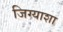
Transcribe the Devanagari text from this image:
जिग्याशा